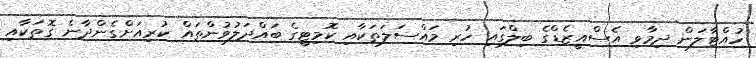
ހުއްޓާލަން ދިމާވި އެސްއީޒެޑްގެ ބިލްގައި ހުރި މައްސަލަތަކާއި ކޮމިޓީގެ ބައްދަލުވުންތައް ކުރިއަށްގެންދާނެ ގޮތަކާއި